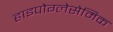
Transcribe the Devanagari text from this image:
हाइपोग्लेसेमिक